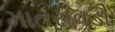
માતરાવડી